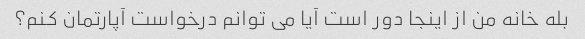
بله خانه من از اینجا دور است آیا می توانم درخواست آپارتمان کنم؟